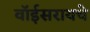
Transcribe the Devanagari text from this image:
वॉईसरायचे